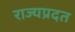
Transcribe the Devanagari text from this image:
राज्यप्रदत